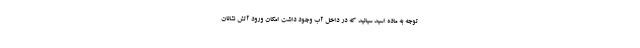
توجه به ماده اسید سیانید که در داخل آب وجود داشت امکان ورود آتش نشانان